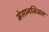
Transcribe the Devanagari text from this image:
मेसानजिअल